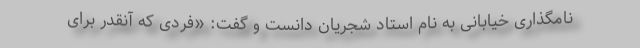
نامگذاری خیابانی به نام استاد شجریان دانست و گفت: «فردی که آنقدر برای